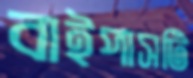
বাইপাসটি